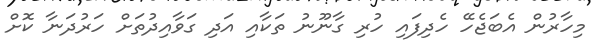
މިހާރުން އެބަޖެހޭ ހެދިފައި ހުރި ގާނޫނު ތަކާއި އަދި ގަވާއިދުތަށް ހަރުދަނާ ކޮށް